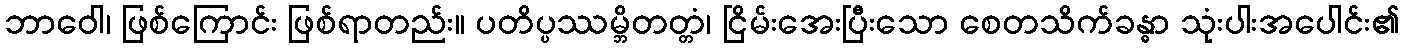
ဘာဝေါ၊ ဖြစ်ကြောင်း ဖြစ်ရာတည်း။ ပတိပ္ပဿမ္ဘိတတ္တံ၊ ငြိမ်းအေးပြီးသော စေတသိက်ခန္ဓာ သုံးပါးအပေါင်း၏